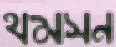
থমসন